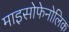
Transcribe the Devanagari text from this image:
माइसोफेनोलिक